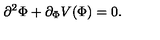
\partial ^ { 2 } \Phi + \partial _ { \Phi } V ( \Phi ) = 0 .